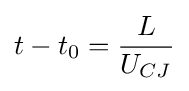
t-t_{0}={\frac {L}{U_{CJ}}}